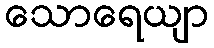
သောရေယျာ